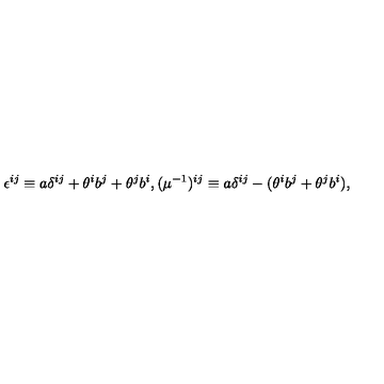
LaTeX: \epsilon ^ { i j } \equiv a \delta ^ { i j } + \theta ^ { i } b ^ { j } + \theta ^ { j } b ^ { i } , ( \mu ^ { - 1 } ) ^ { i j } \equiv a \delta ^ { i j } - ( \theta ^ { i } b ^ { j } + \theta ^ { j } b ^ { i } ) ,